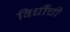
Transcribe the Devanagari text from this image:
विधींची